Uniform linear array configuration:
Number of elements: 8
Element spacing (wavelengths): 0.5
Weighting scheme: uniform
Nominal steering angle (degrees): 45
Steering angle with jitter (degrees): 44.145
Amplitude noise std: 0.05
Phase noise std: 0.05

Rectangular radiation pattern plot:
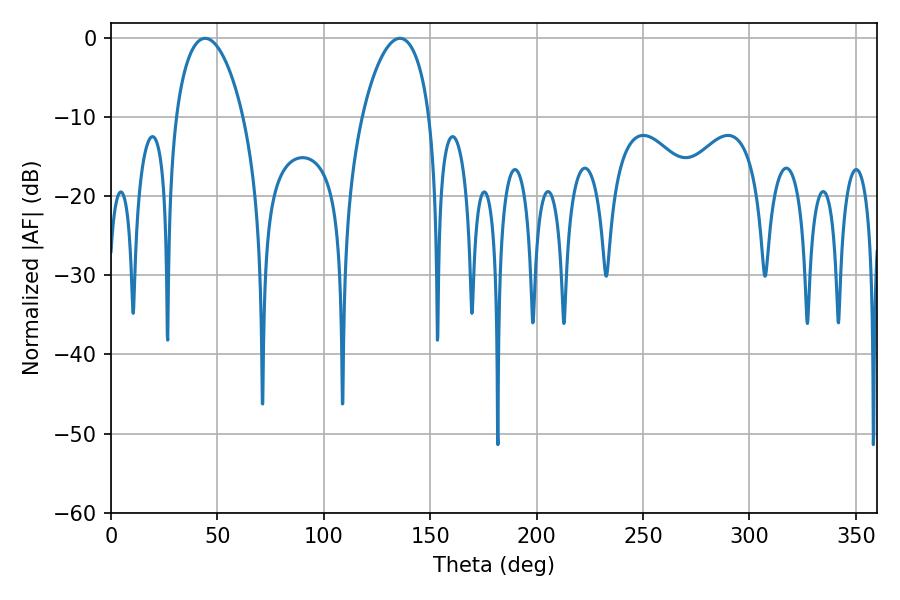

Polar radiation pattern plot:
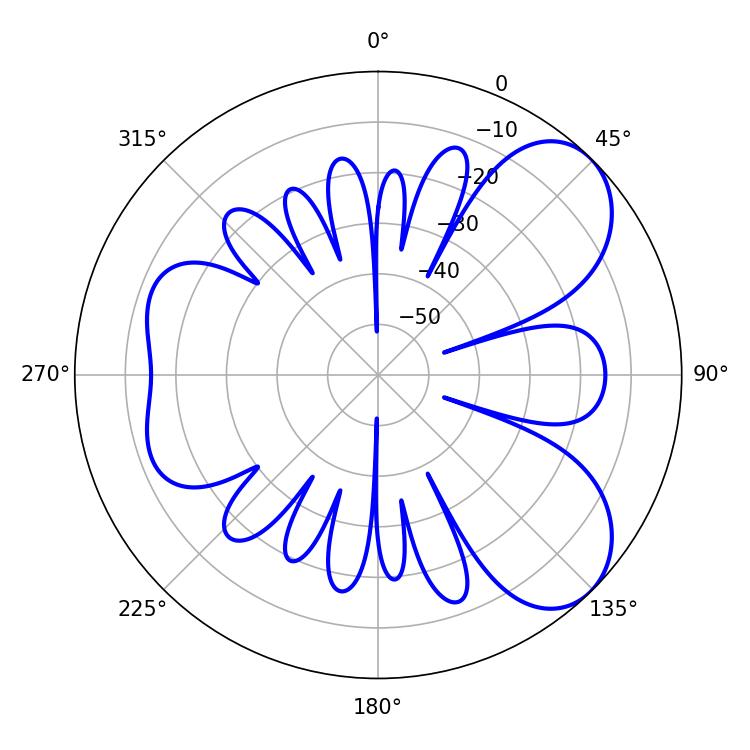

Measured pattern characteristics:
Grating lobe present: FALSE
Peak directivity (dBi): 6.717
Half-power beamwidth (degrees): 18
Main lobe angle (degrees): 44.28